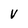
Character: V